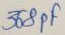
Text: 368pf